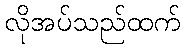
လိုအပ်သည်ထက်